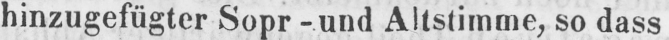
hinzugefügter Sopr- und Altstimme, so dass